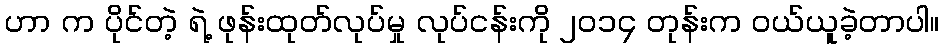
ဟာ က ပိုင်တဲ့ ရဲ့ ဖုန်းထုတ်လုပ်မှု လုပ်ငန်းကို ၂၀၁၄ တုန်းက ဝယ်ယူခဲ့တာပါ။